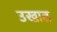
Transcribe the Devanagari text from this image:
उखाढ